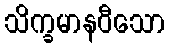
သိက္ခမာနဝီသော